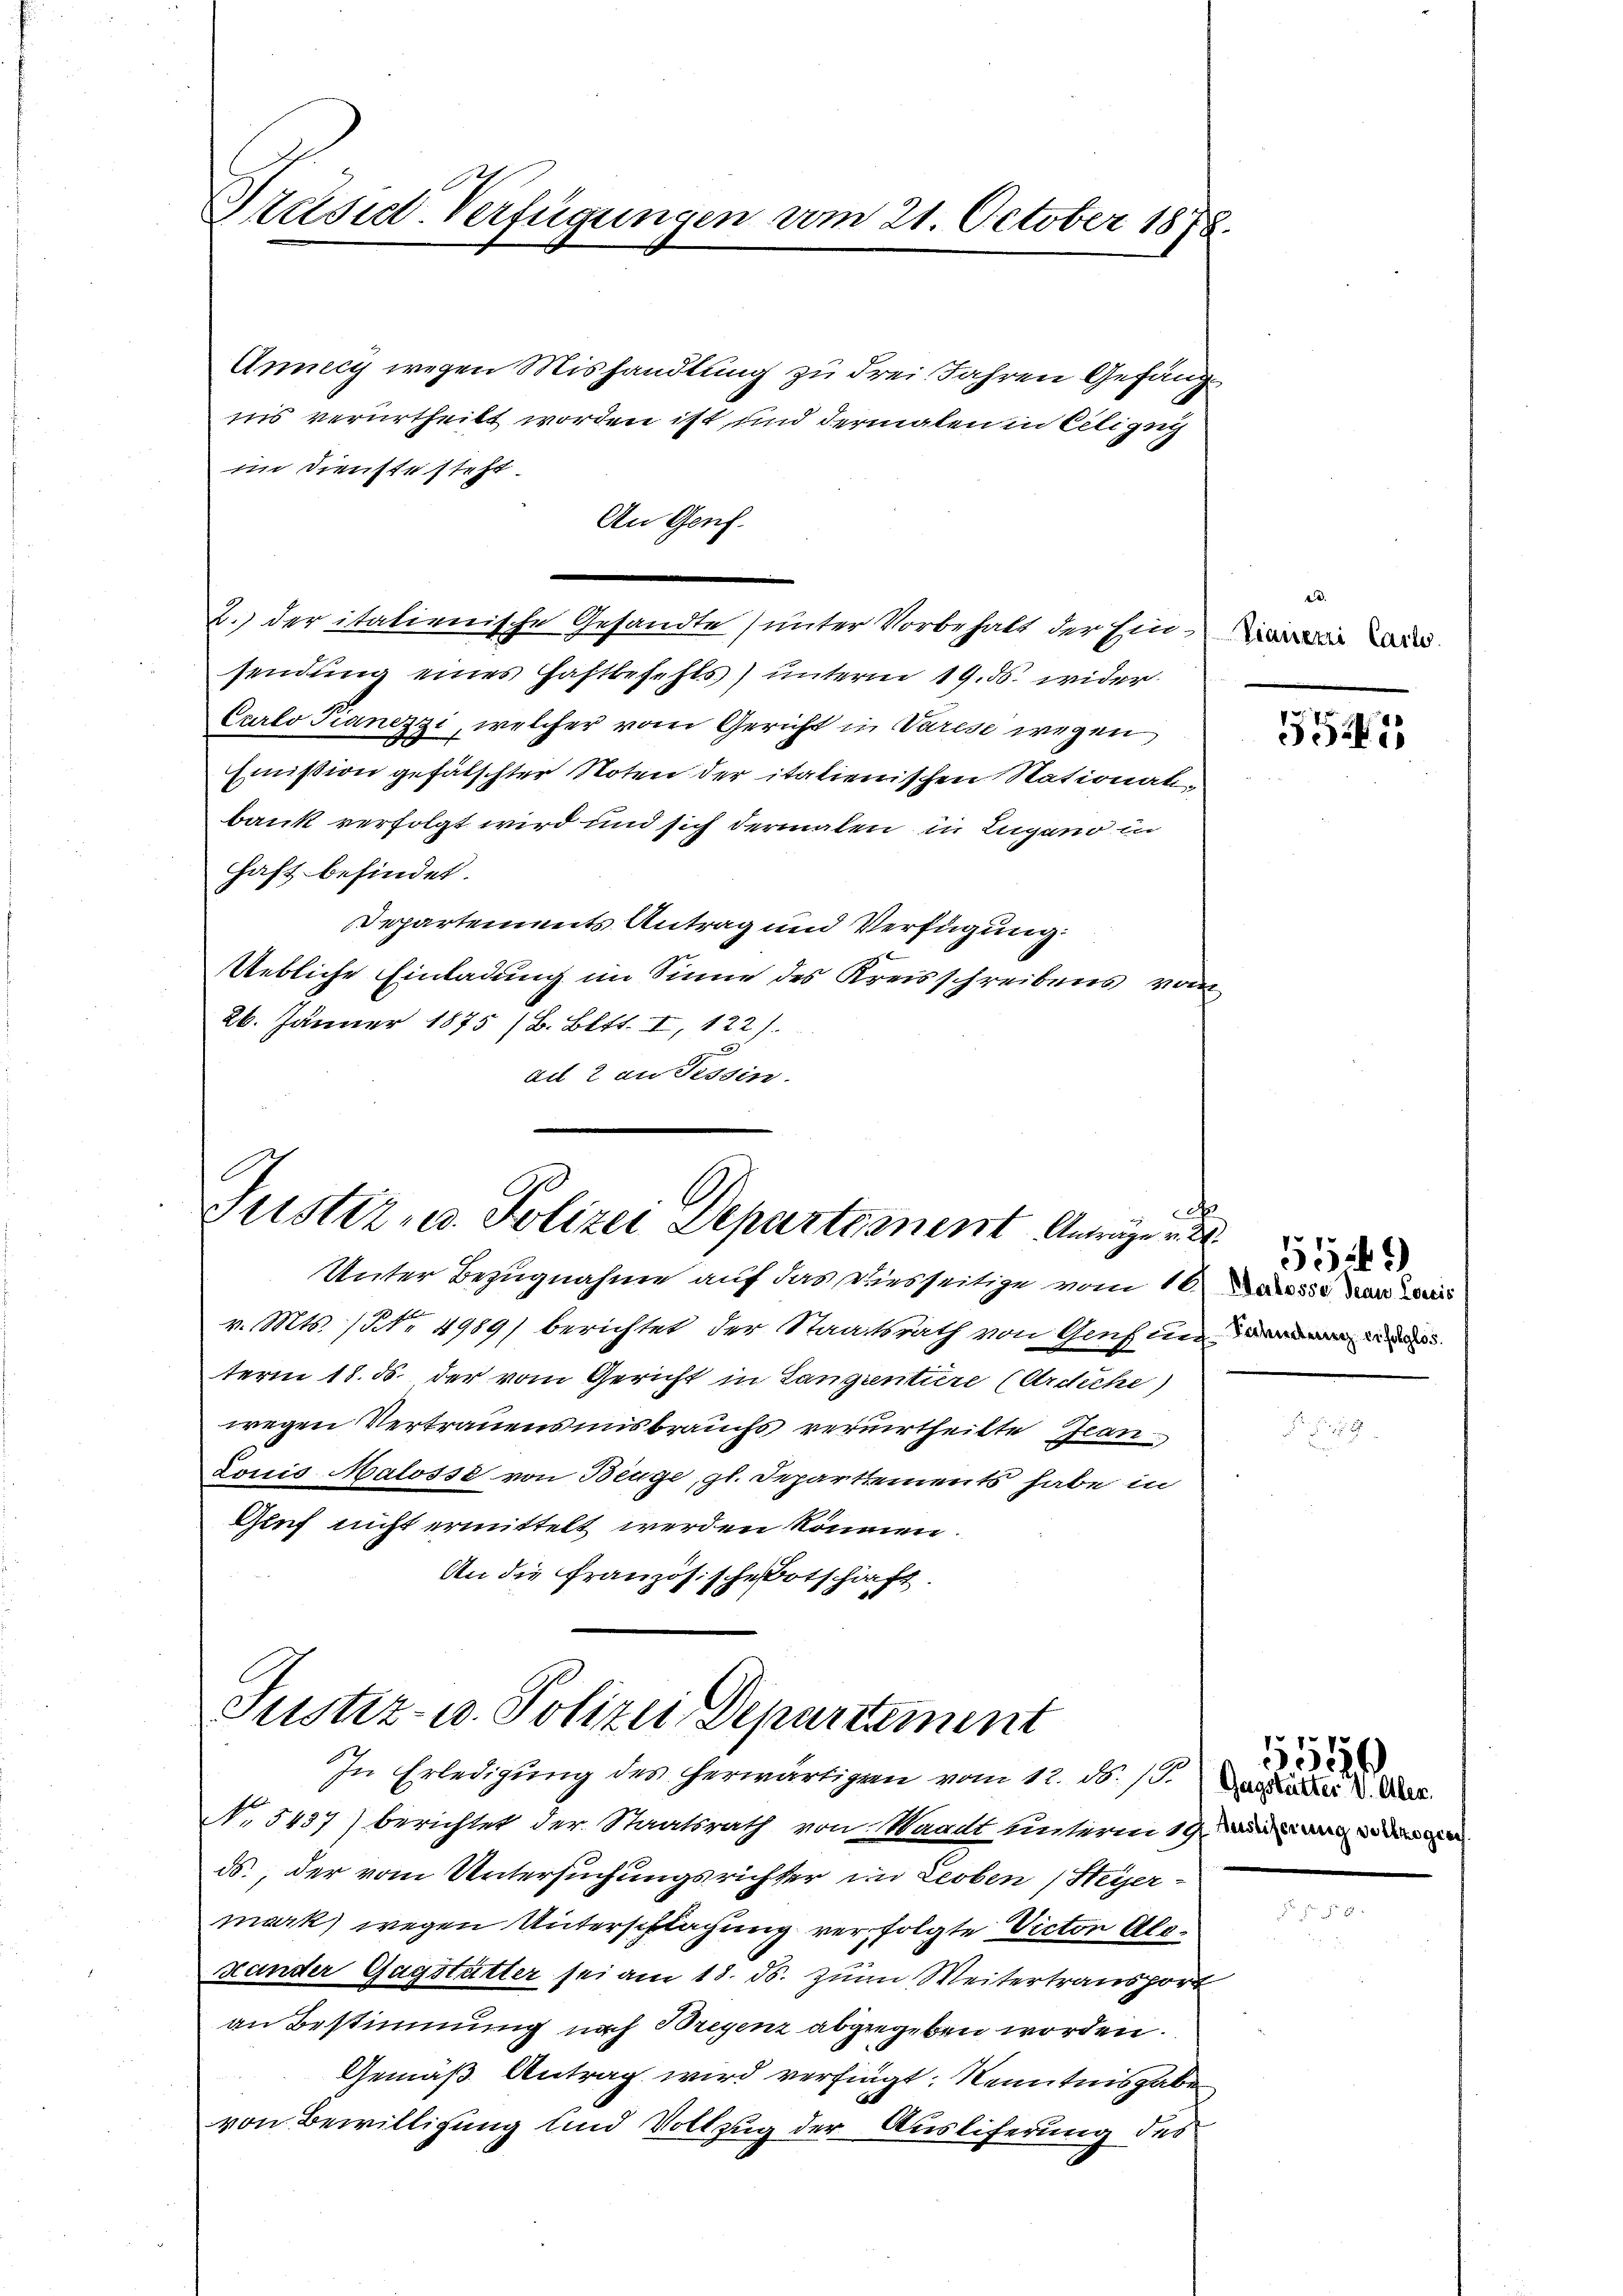
Prustel-Verfügungen vom 21. October 1878.

Annecy wegen Mishandlung zu drei Jahren Gefängim Dienste steht.
sendung eines Haftbefehls) unterm 19. ds. wider
Carlo Pianezzi, welcher vom Gericht in Varese wegen
Emission gefälschter Noten der italienischen Stational-
bank verfolgt wird und sich dermalen in Zugano in
haft befindet.
Departements Antrag und Verfügung:
Uebliche Einladung im Sinne des Kreisschreibens vom
26. Jänner 1875 (B. Bett. I, 122).
au 2 an Tessin.

An Genf.

ins verurtheilt worden ist, und dermalen in Cilizuc

2. der italienische Gesandte (unter Vorbehalt der Eine an

A
A
Justiz- u. Polizei Departionent Anträge v.

Unter Bezugnahme auf das Diesseitige vom 10. Da die das Wais
v. Mts. (NNo. 4989) berichtet der Staatsrath von Genf un
term 18. ds. der vom Gericht in Langientiere (Ardiche)
wegen Vertrauensmisbrauchs verurtheilte Jan
Louis Malosse von Beuge, gl. Departements habe in
Gief nicht ermittelt werden können.
An die Französische Botschaft.

Justiz- u. Polizei Departement
In Erledigung des herwärtigen vom 12. No. 17. Das Kinder V. Der

No. 5437) berichtet der Staatsrath von Waadt unterm 19.
ds., der vom Untersuchungsrichter in Leoben (Heyermark) wegen Unterschlagung verfolgte Victor Alostander Gagstätter sei am 18. ds. zum Weitertransport
an Bestimmung nach Bregenz abgegeben worden.
Gemäß Antrag wird verfingt: Kenntnisgabe
von Bewilligung und Vollzug der Ausliferung des

.

554

5529)

155